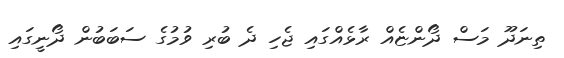
ތިނަދޫ މަސް ދޯންޏެއް ރާޅެއްގައި ޖެހި ދެ ބުރި ވުމުގެ ސަބަބުން ދޯނީގައި